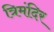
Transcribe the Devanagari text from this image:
त्रिमंदिर